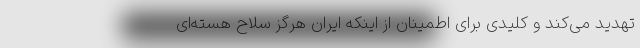
تهدید می‌کند و کلیدی برای اطمینان از اینکه ایران هرگز سلاح هسته‌ای